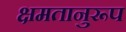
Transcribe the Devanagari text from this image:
क्षमतानुरूप